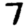
Digit: 7